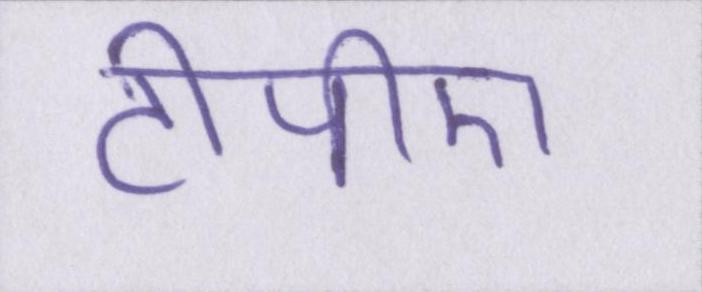
टीपीए